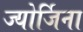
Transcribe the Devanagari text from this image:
ज्योर्जिना